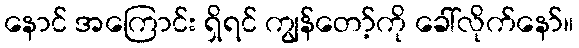
နောင် အကြောင်း ရှိရင် ကျွန်တော့်ကို ခေါ်လိုက်နော်။